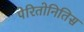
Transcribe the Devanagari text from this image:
पेरितोनितिस